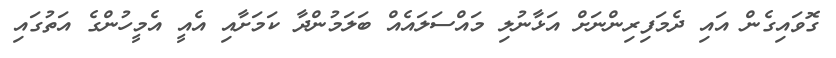
ގޮވައިގެން އައި ދެމަފިރިންނަށް އަޅާނުލި މައްސަލައެއް ބަލަމުންދާ ކަމަށާއި އެއީ އެމީހުންގެ އަތުގައި